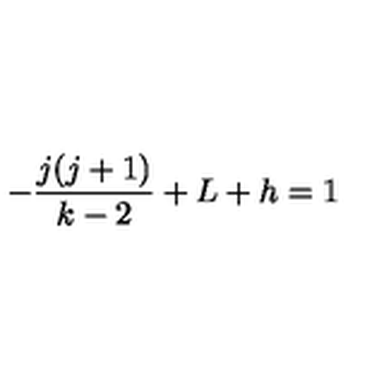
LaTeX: - { \frac { j ( j + 1 ) } { { k - 2 } } } + L + h = 1